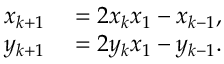
\begin{array} { r l } { x _ { k + 1 } } & { { } = 2 x _ { k } x _ { 1 } - x _ { k - 1 } , } \\ { y _ { k + 1 } } & { { } = 2 y _ { k } x _ { 1 } - y _ { k - 1 } . } \end{array}